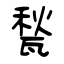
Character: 甃